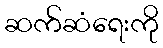
ဆက်ဆံရေးကို